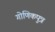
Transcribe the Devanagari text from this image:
गोणिकपुत्र